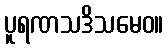
ပူရဏသဒိသမေဝ။